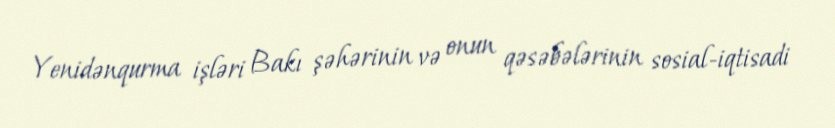
Yenidənqurma işləri Bakı şəhərinin və onun qəsəbələrinin sosial-iqtisadi